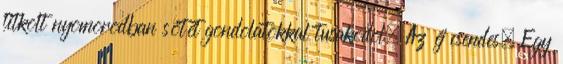
titkolt nyomorodban sötét gondolatokkal tusakodol. Az éj csendes. Egy